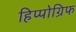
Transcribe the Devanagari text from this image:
हिप्पोग्रिफ